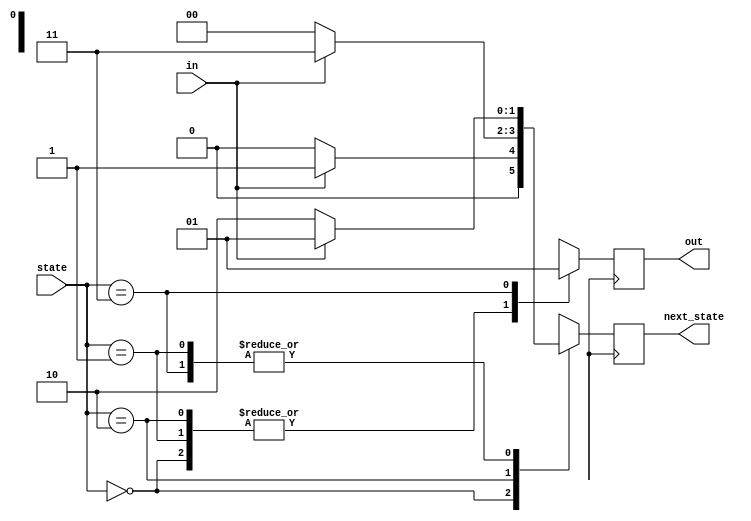
module top_module(
    input in,
    input [1:0] state,
    output [1:0] next_state,
    output out); //

    parameter A=0, B=1, C=2, D=3;

    // Insert your code below

    // State transition logic: next_state = f(state, in)

    // Output logic:  out = f(state) for a Moore state machine

    always @(posedge clk) begin
        case (state)
            A:
                if (in == 0) begin
                    next_state <= A;
                    out <= 0;
                end else begin
                    next_state <= B;
                    out <= 0;
                end
            B:
                if (in == 0) begin
                    next_state <= C;
                    out <= 0;
                end else begin
                    next_state <= B;
                    out <= 0;
                end
            C:
                if (in == 0) begin
                    next_state <= A;
                    out <= 0;
                end else begin
                    next_state <= D;
                    out <= 0;
                end
            D:
                if (in == 0) begin
                    next_state <= C;
                    out <= 1;
                end else begin
                    next_state <= B;
                    out <= 1;
                end
        endcase
    end

endmodule